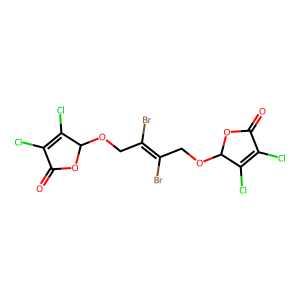
SMILES: O=C1OC(OCC(Br)=C(Br)COC2OC(=O)C(Cl)=C2Cl)C(Cl)=C1Cl
Inhibits HIV replication: No